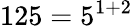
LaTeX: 125=5^{1+2}